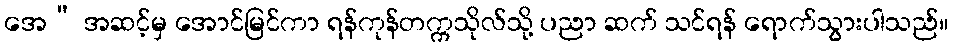
အေ” အဆင့်မှ အောင်မြင်ကာ ရန်ကုန်တက္ကသိုလ်သို့ ပညာ ဆက် သင်ရန် ရောက်သွားပါသည်။